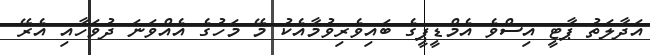
އަދާލަތު ޕާޓީ އިސްވެ އެމްޑީޕީގެ ބައިވެރިވުމާއެކު މޭ މަހުގެ އެއްވަނަ ދުވަހާއި އެރޭ